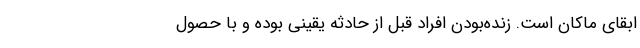
ابقای ماكان است. زنده‌بودن افراد قبل از حادثه یقینی بوده و با حصول